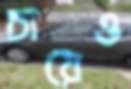
চায়েও